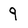
Character: 9